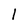
Character: 1